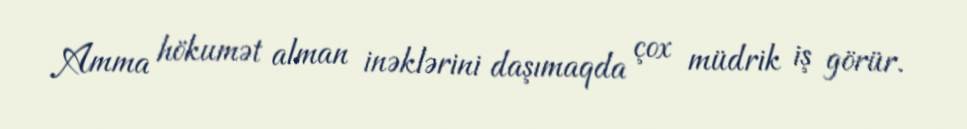
Amma hökumət alman inəklərini daşımaqda çox müdrik iş görür.